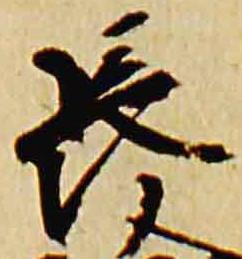
長